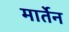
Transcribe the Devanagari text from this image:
मार्तेन